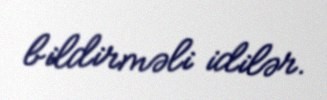
bildirməli idilər.